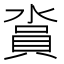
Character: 𣺪